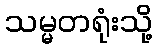
သမ္မတရုံးသို့